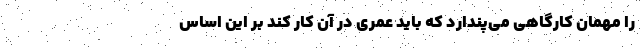
را مهمان کارگاهی می‌پندارد که باید عمری در آن کار کند بر این اساس